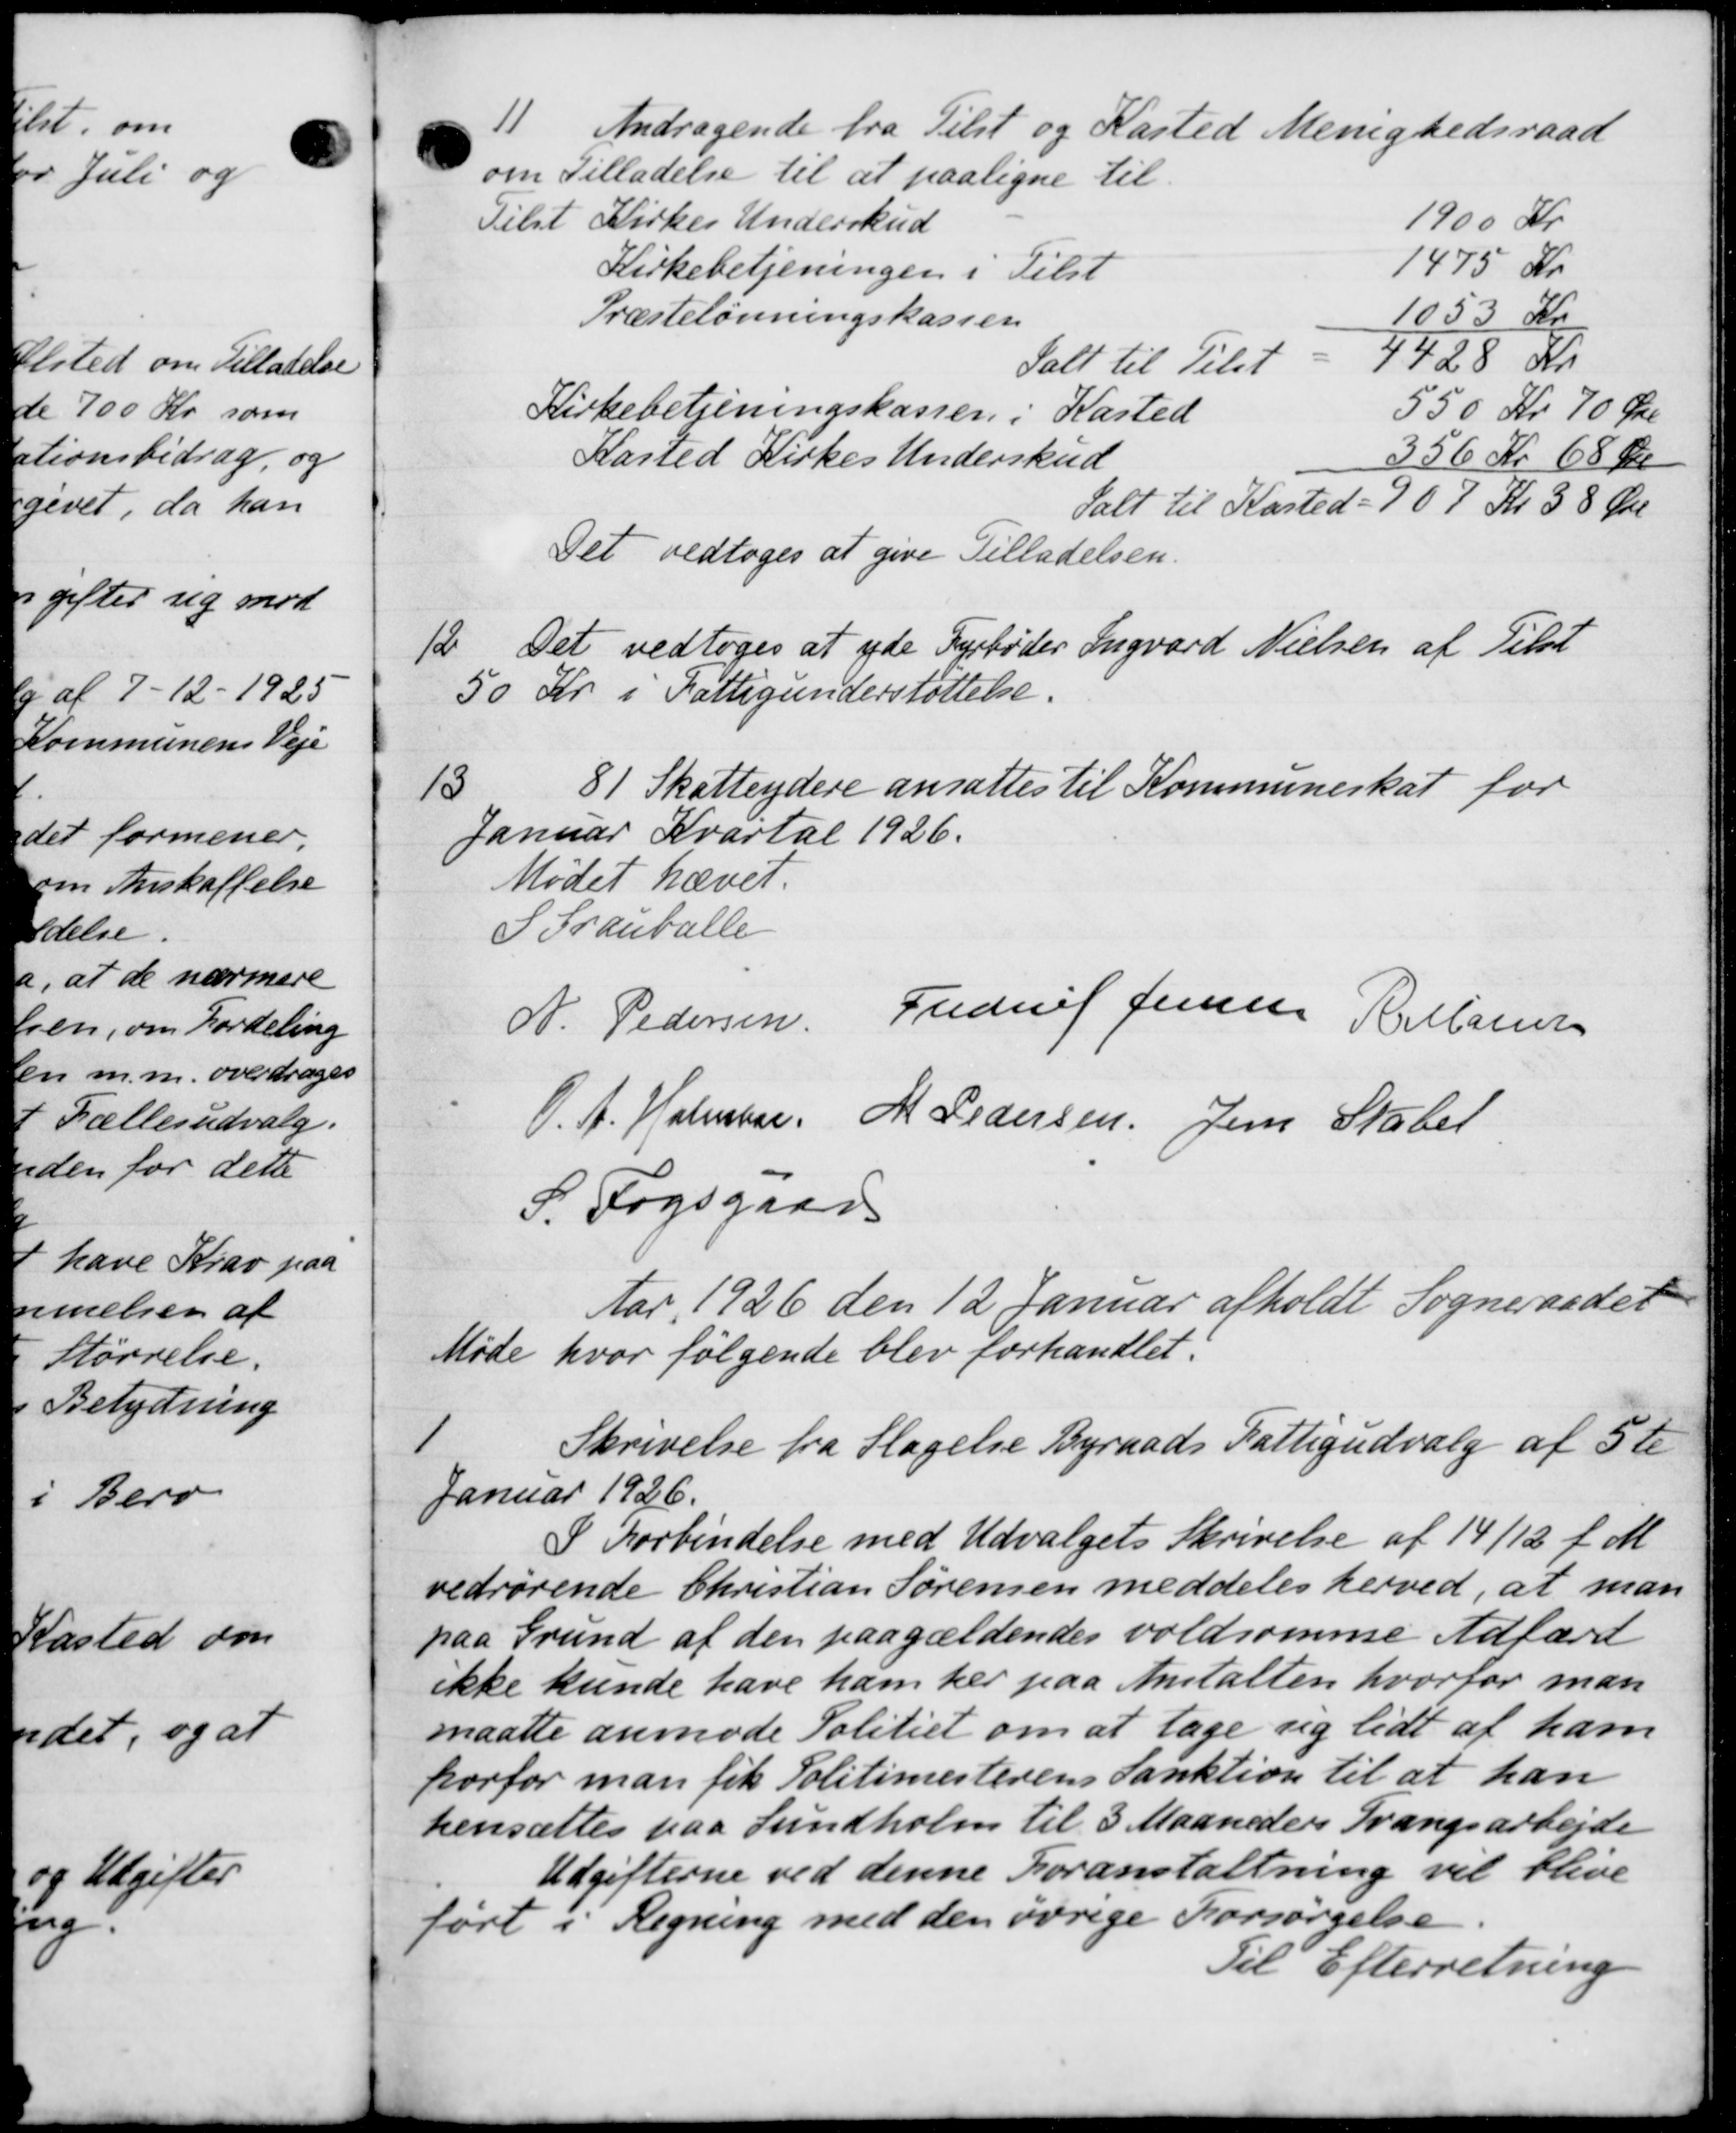
Transskription:
Andragende fra Tilst og Kasted Menighedsraad
om Tilladelse til at paaligne til
Tilst Kirkes Underskud
1900 Kr.
Kirkebetjeningen i Tilst
1475 Kr
Præstelønningskassen
1053 Kr
Ialt til Tilst
4728 Kr.
Kirkebetjeningskassen i Kasted
550 Kr 70 Øre
Kasted Kirkes Underskud
356 Kr 68 Øre
Ialt til Kasted - 907 Kr 38 Øre
Det vedtoges at give Tilladelsen.
12
Det vedtoges at yde Fyrbøder Ingvard Nielsen af Tilst
50 Kr. i Fattigunderstøttelse.
13
81 Skatteydere ansattes til Kommuneskat for
Januar Kvartal 1926.
Mødet hævet.
S Tranballe
Frederik Jensen R. Marie
N. Pedersen
O. A. Holmber M Pedersen Jens Statet
S. Fogsgaads
Aar 1926 den 12 Januar afholdt Sogneraadet
Møde hvor følgende blev forhandlet.
1
Skrivelse fra Slagelse Byraads Fattigudvalg af 5te
Januar 1926.
I Forbindelse med Udvalgets Skrivelse af 14/12 f. M.
vedrørende Christian Sørensen meddeles herved, at man
paa Grund af den paagældendes voldsomme Adfærd
ikke kunde have ham her paa Anstalten hvorfor man
maatte anmode Politiet om at tage sig lidt af ham
horfor man fik Politimesterens Sanktion til at han
hensættes paa Sundholm til 3 Maaneders Tvangsarbejde
Udgifterne ved denne Foranstaltning vil blive
ført i Regning med den øvrige Forsørgelse
Til Efterretning